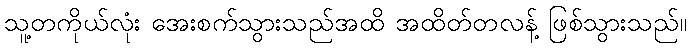
သူ့တကိုယ်လုံး အေးစက်သွားသည်အထိ အထိတ်တလန့် ဖြစ်သွားသည်။